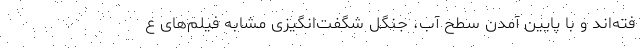
فته‌اند و با پایین آمدن سطح آب، جنگل شگفت‌انگیزی مشابه فیلم‌های ع